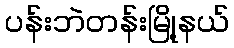
ပန်းဘဲတန်းမြို့နယ်